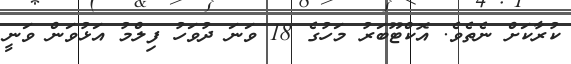
ކުރާކަށް ނެތެވެ. އޮކްޓޫބަރު މަހުގެ 18 ވަނަ ދުވަހު ފިލްމު އަޅުވަން ވަނީ